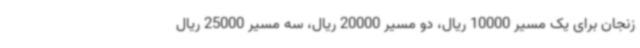
زنجان برای یک مسیر 10000 ریال، دو مسیر 20000 ریال، سه مسیر 25000 ریال